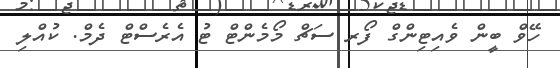
ހޭވް ބީން ވެއިޓިންގް ފޯރ ސަޗް މޯމެންޓް ޓު އެރެސްޓް ދެމް. ކުއްލި